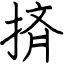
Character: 㨈